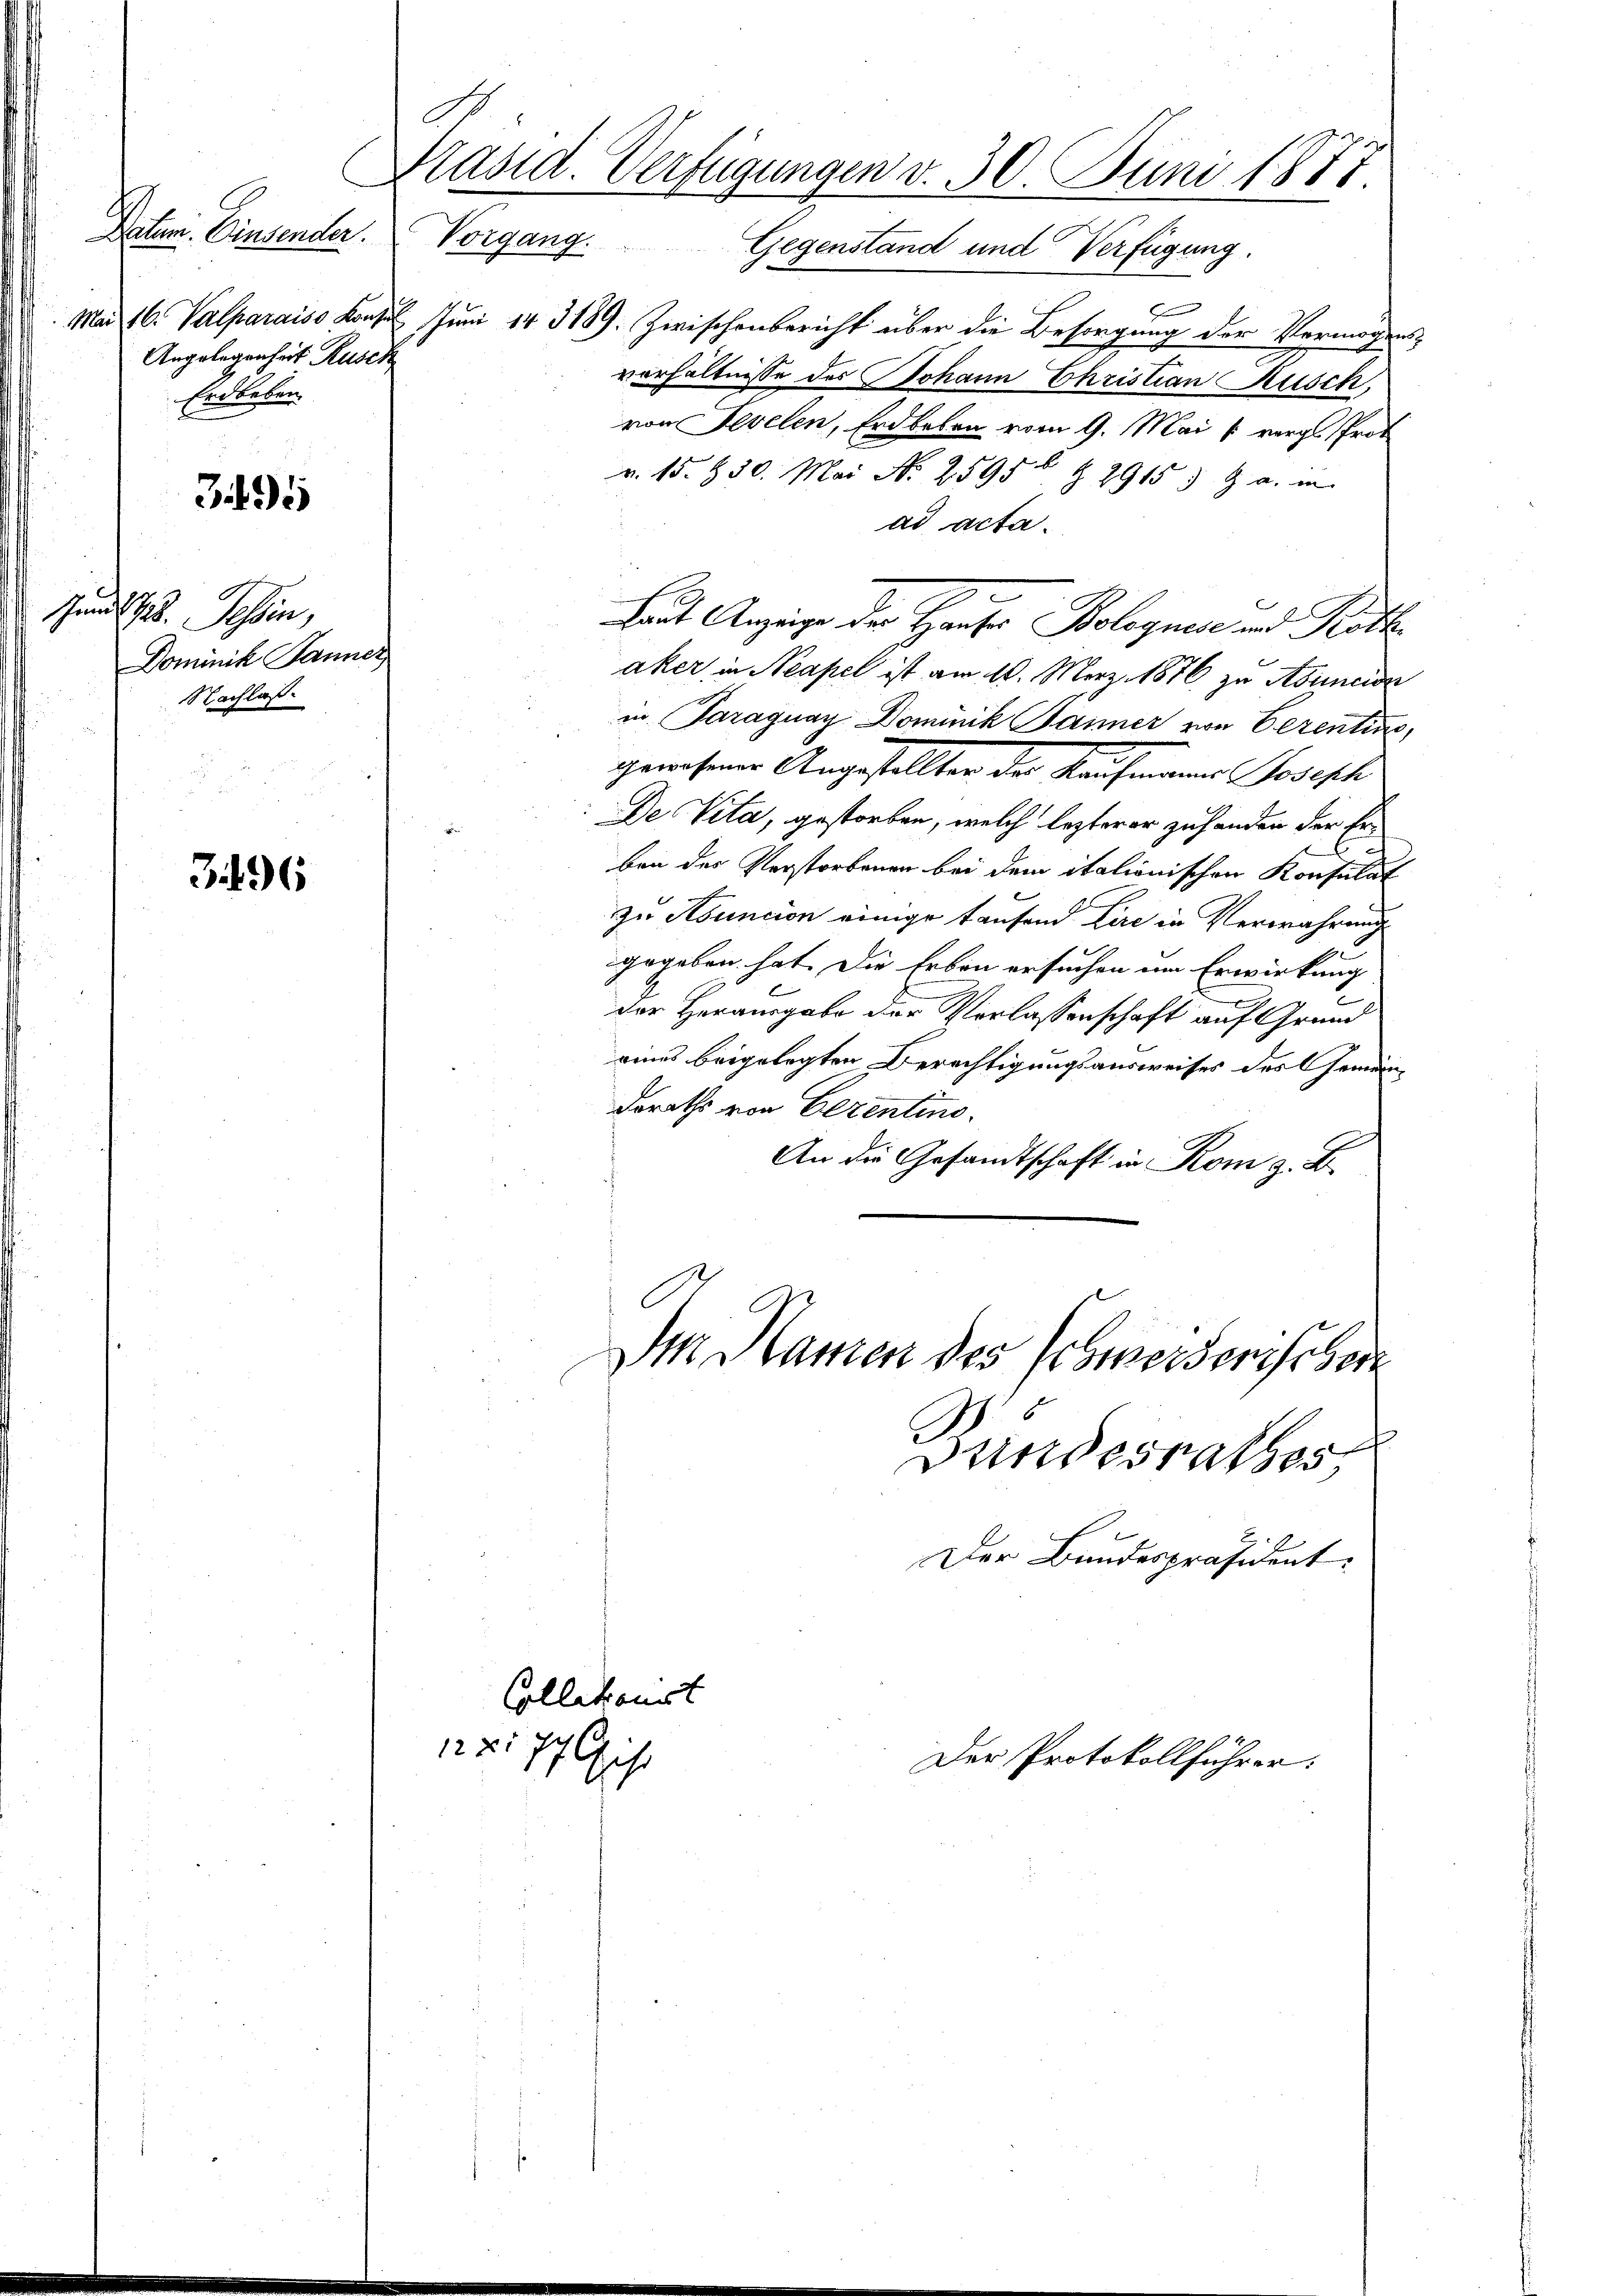
.
Datum. Einsender. Vorgang.
Angelegenheit Rusck
Erdbeben.

395

Juni 28. Tessin,
Dominik Panner
Nachlas

3196

Mai 16. Valparais Konzer Juni 143189. Zwischenbericht über die Besorgung der Vermögensverhältnisse des Johann Christian Rüsch,
von Fevelen, Erdbeben vom 9. Mai l. vergl. Prot
v. 15. 150. Mai N. 25956 § 2915 § 9 u. in
ad acta.
Laut Anzeige der Hause Bolegnete und Rath
aker in Neapel ist am 10. März 1876 zu Anneider
in Paraguay Dominik Jänner von Eerentin,
genehmen Angestellten der Kaufmann Josephi
De Vita, gestorben, welch lezterer zuhanden der Erben der Verstorbenen bei dem italionischen Konsulat
zu Abuncion einige Taufend Lire in Verwahrung
gegeben hat. Die Erben ersuchen um Erwirkung
der Herausgabe der Verlassenschaft auf Grund
eines beigelegten Berechtigungsausweises des Gemeindoraths von Cerentino.
An die Gesandtschaft in Rom z. B.
Im Namen des Schmesserehrer
Bundesrathes
Der Bandespräsident:

Präsid. Verfügungen v. 30. Juni 1877

Collekonst
122. 77 ist

Der Protokollführer.